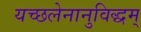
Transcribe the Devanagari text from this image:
यच्छलेनानुविद्धम्